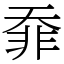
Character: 䨿